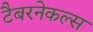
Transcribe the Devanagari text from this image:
टैबरनेकल्स